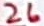
Text: 26